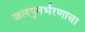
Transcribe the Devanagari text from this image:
जलपुनर्भरणाचा